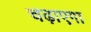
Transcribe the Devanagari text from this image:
चढ़ाएगा